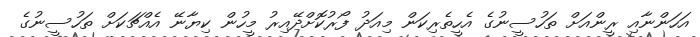
އަހަންނާއި ރީންއަށް ތަހުސީނުގެ އެހީތެރިކަން މިއަދު ފޯރުކޮށްދޭއިރު މީހުން ކިޔާނޭ އެއްޗަކަށް ތަހުސީނުގެ